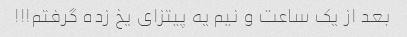
بعد از یک ساعت و نیم یه پیتزای یخ زده گرفتم!!!